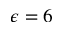
\epsilon = 6